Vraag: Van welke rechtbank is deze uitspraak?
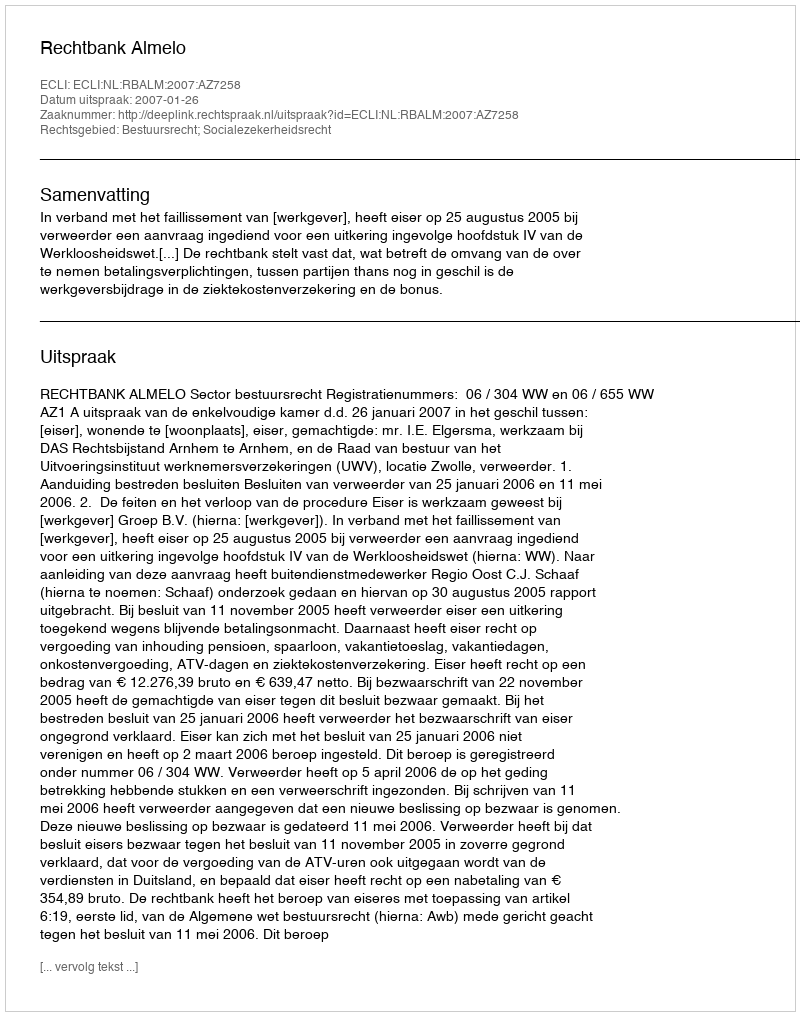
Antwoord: Rechtbank Almelo